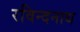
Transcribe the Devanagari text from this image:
रविन्दनाथ